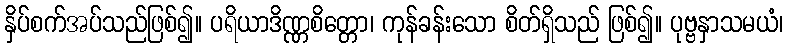
နှိပ်စက်အပ်သည်ဖြစ်၍။ ပရိယာဒိဏ္ဏစိတ္တော၊ ကုန်ခန်းသော စိတ်ရှိသည် ဖြစ်၍။ ပုဗ္ဗနှာသမယံ၊